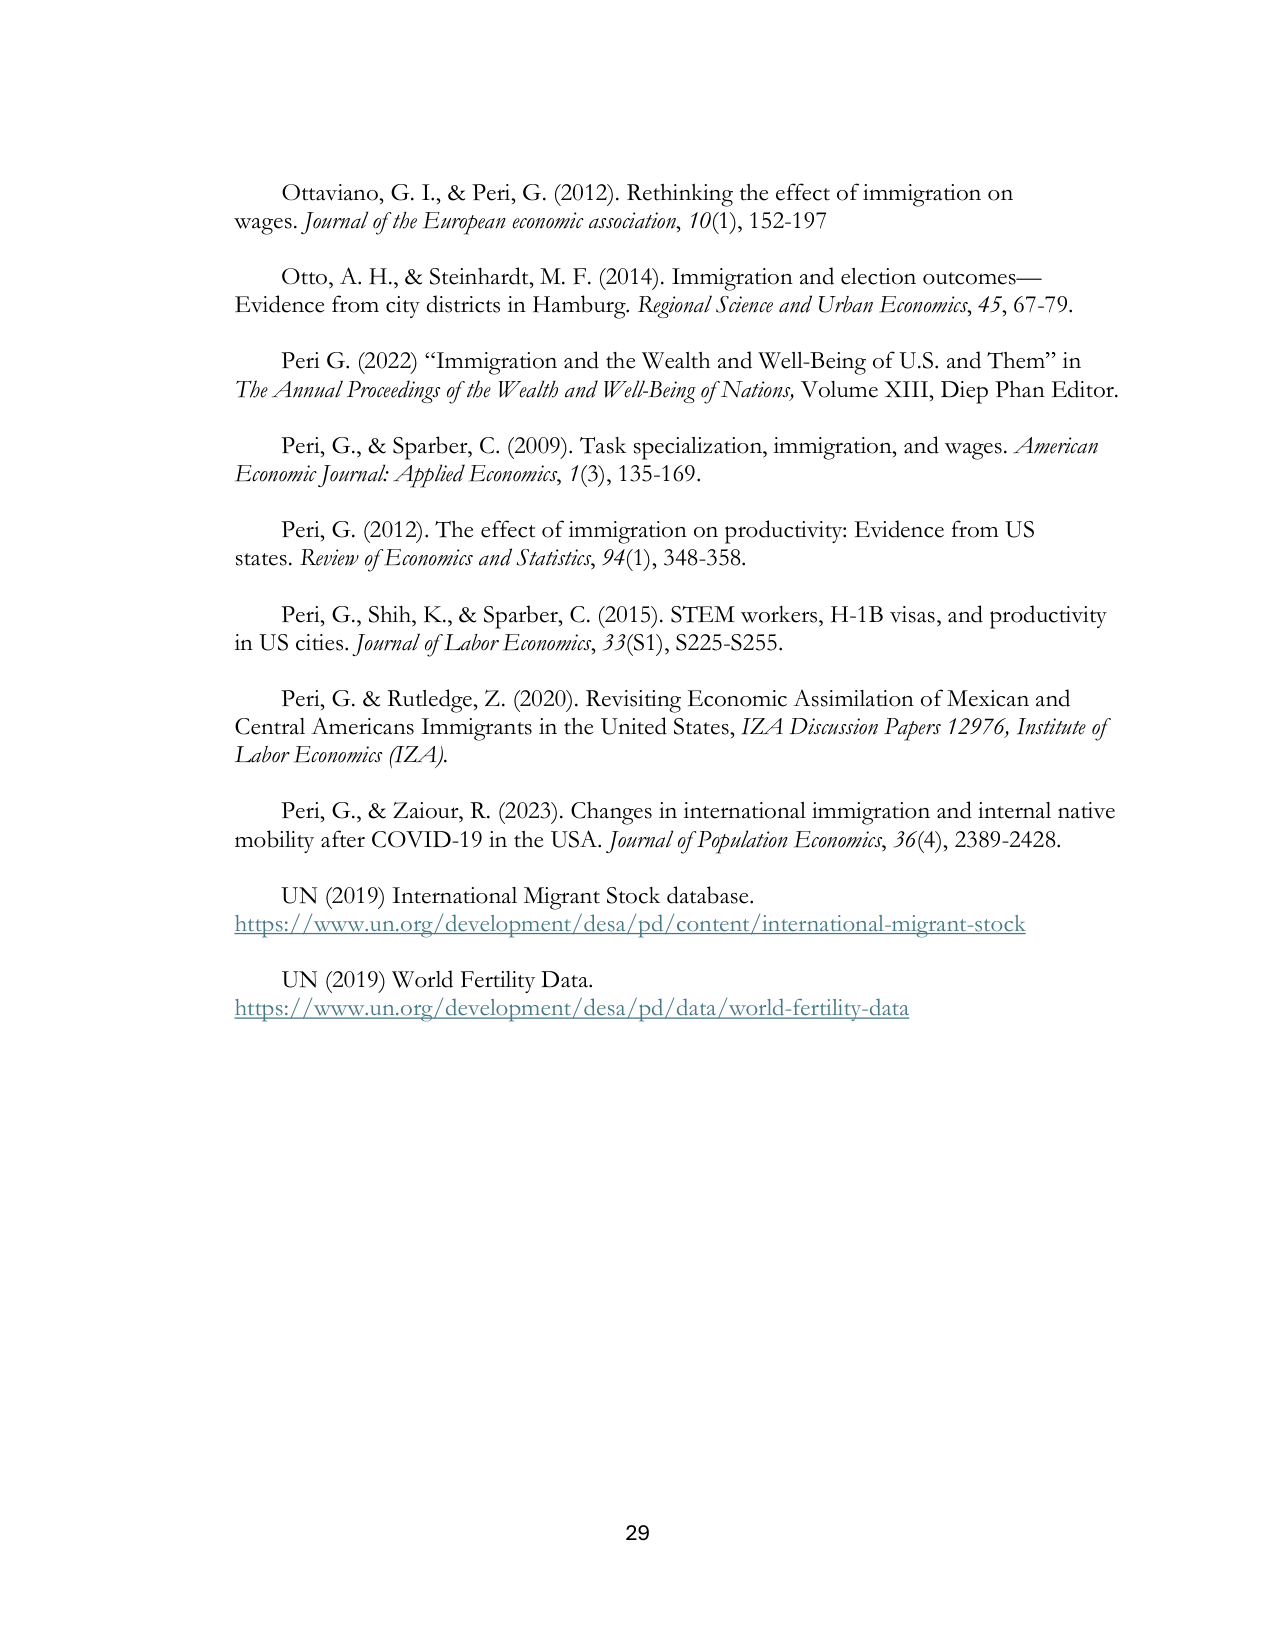
Ottaviano, G. I., & Peri, G. (2012). Rethinking the effect of immigration on wages. Journal of the European economic association, 10(1), 152-197

Otto, A. H., & Steinhardt, M. F. (2014). Immigration and election outcomes—Evidence from city districts in Hamburg. Regional Science and Urban Economics, 45, 67-79.

Peri G. (2022) “Immigration and the Wealth and Well-Being of U.S. and Them” in The Annual Proceedings of the Wealth and Well-Being of Nations, Volume XIII, Diep Phan Editor.

Peri, G., & Sparber, C. (2009). Task specialization, immigration, and wages. American Economic Journal: Applied Economics, 1(3), 135-169.

Peri, G. (2012). The effect of immigration on productivity: Evidence from US states. Review of Economics and Statistics, 94(1), 348-358.

Peri, G., Shih, K., & Sparber, C. (2015). STEM workers, H-1B visas, and productivity in US cities. Journal of Labor Economics, 33(S1), S225-S255.

Peri, G. & Rutledge, Z. (2020). Revisiting Economic Assimilation of Mexican and Central Americans Immigrants in the United States, IZA Discussion Papers 12976, Institute of Labor Economics (IZA).

Peri, G., & Zaiour, R. (2023). Changes in international immigration and internal native mobility after COVID-19 in the USA. Journal of Population Economics, 36(4), 2389-2428.

UN (2019) International Migrant Stock database. https://www.un.org/development/desa/pd/content/international-migrant-stock

UN (2019) World Fertility Data. https://www.un.org/development/desa/pd/data/world-fertility-data

29